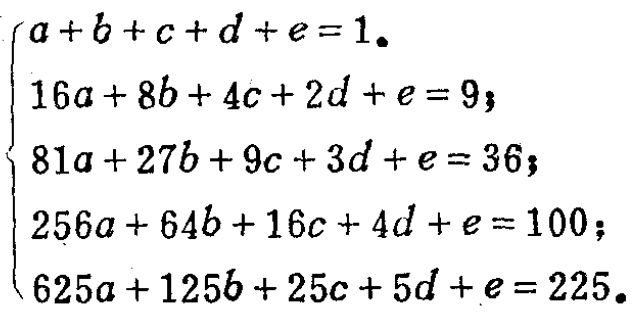
\[
\begin{cases}
a + b + c + d + e = 1\\
16a + 8b + 4c + 2d + e = 9\\
81a + 27b + 9c + 3d + e = 36\\
256a + 64b + 16c + 4d + e = 100\\
625a + 125b + 25c + 5d + e = 225
\end{cases}
\]